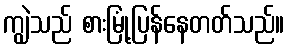
ကျွဲသည် စားမြုံ့ပြန်နေတတ်သည်။